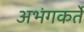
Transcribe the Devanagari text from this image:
अभंगकर्ते